Report on sanitation, dispensaries, and jails in Rajputana for 1910, and on vaccination for the year 1910-1911 - 1910-1911
Year: 1910
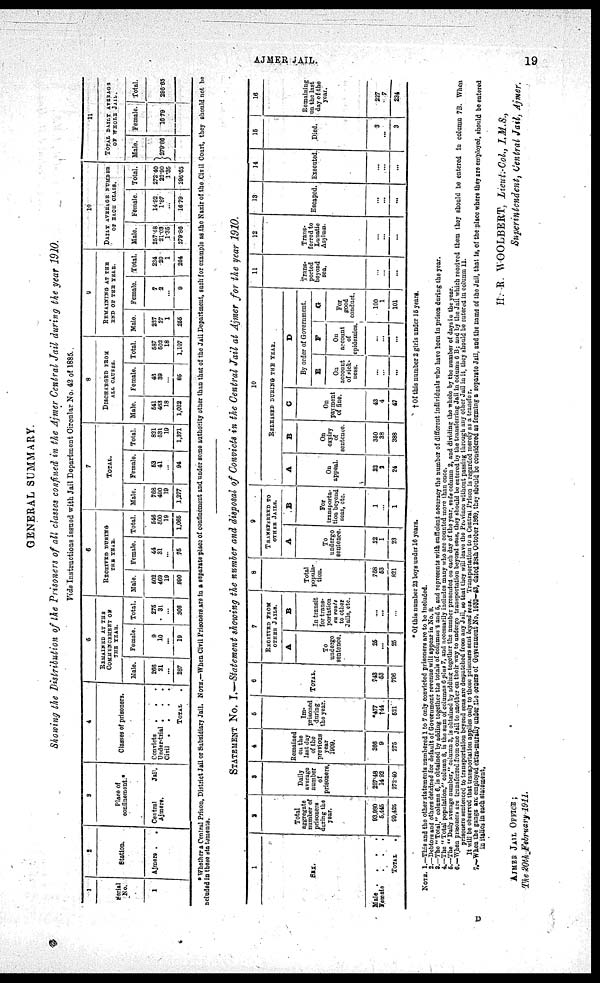
AJMER JAIL.
19
GENERAL SUMMARY.
Showing the Distribution of the Prisoners of all classes confined in the Ajmer Central Jail during the year 1910.
Vide Instructions issued with Jail Department Circular No. 42 of 1885.
1
Serial
No.
1
2
Station.
Ajmere .
3
Place of
confinement.
Central
Jail,
Ajmere.
4
Classes of prisoners.
Convicts
.
.
.
Under-trial . . .
Civil
.
.
.
.
TOTAL .
5
REMAINED AT THE
COMMENCEMENT OF
THE YEAR.
Male.
266
21
...
287
Female.
9
10
...
19
Total.
275
31
...
306
6
RECEIVED DURING
THE YEAR.
Male.
502
469
19
990
Female.
44
31
...
75
Total.
546
500
19
1,065
7
TOTAL,
Male.
768
490
19
1,277
Female.
53
41
...
94
Total.
821
531
19
1,371
8
DISCHARGED FROM
ALL CAUSES.
Male.
541
463
18
1,022
Female.
46
39
...
85
Total.
587
502
18
1,107
9
REMAINING AT THE
END OF THE YEAR.
Male.
227
27
1
255
Female.
7
2
...
9
Total.
234
29
1
264
10
DAILY AVERAGE NUMBER
OF EACH CLASS.
Male.
257.48
21.03
1.35
279.86
Female.
14.92
1.87
...
16.79
Total.
272.40
22.90
1.35
296.65
11
TOTAL DAILY AVERAGE
OF WHOLE JAIL.
Male.
279.86
Female.
16.79
Total.
296.65
Whether a Central Prison, District Jail or Subsidiary Jail. NOTE.—When Civil Prisoners are in a separate place of confinement and under some authority other than that of the Jail Department, such for example as the Nazir of the .Civil Court, they should not be
ncluded in these statements.
STATEMENT No. I.—Statement showing the number and disposal of Convicts in the Central Jail at Ajmer for the year 1910.
1
SEX.
M
a
l
e . . . .
Female
.
.
.
TOTAL
.
2
Total
aggregate
number of
prisoners
during the
year.
93,980
5,445
99,425
3
Daily
average
number
of
prisoners.
257.48
14.92
272.40
4
Remained
on the
last day
of the
previous
year
1909.
266
9
275
5
Im-
prisoned
during
the year.
*477
†44
521
6
TOTAL.
743
53
796
7
RECEIVED FROM
OTHER JAILS.
A
To
undergo
sentence.
25
...
25
B
In transit
for trans-
portation
en route
to other
Jails, etc.
...
...
...
8
Total
popula-
tion.
768
53
821
9
TRANSFERRED TO
OTHER JAILS.
A
To
undergo
sentence.
22
1
23
B
For
transporta-
tion beyond
seas, etc.
1
...
1
10
RELEASED DURING THE YEAR.
A
On
appeal.
22
2
24
B
On
expiry
of
sentence.
350
38
388
C
On
payment
of fine.
43
4
47
D
By order of Government.
E
On
account
of sick¬
ness.
...
...
...
F
On
account
of
epidemics.
...
...
...
G
For
good
conduct.
100
1
101
11
Trans-
ported
beyond
sea.
...
...
...
12
Trans-
ferred to
Lunatic
Asylum.
...
...
...
13
Escaped.
...
...
...
14
Executed.
...
...
...
15
Died.
3
...
3
16
Remaining
on the last
day of the
year.
227
7
234
* Of this number 23 boys under 16 years.
† Of this number 2 girls under 15 years.
NOTE. 1.—This and the other statements numbered 1 to 7 only convicted prisoners are to bo included.
2.—Debtors and others detained for default of Government revenue will appear in No. 8.
3.—The " Total," column 6, is obtained by adding together the totals of columns 4 and 5, and represents with sufficient accuracy the number of different individuals who have been in prison during the year.
4.—The " Total population," column 8, is the sum of columns 6 plus 7, and necessarily includes many who are counted more than once.
5.—The " Daily average number," column 3, is obtained by adding together the number presented on each day of the year, vide column 2, and dividing the whole by the number of days in the year.
6.—When prisoners are transferred from one Jail to another on their way to undergo transportation beyond seas, they should be entered by the transferring Jail in column 6 B; and by the Jail which received them they should be entered in column 7B.When
prisoners sentenced to transportation beyond seas are despatched from any Jail, so that they will leave the Province without passing through any other Jail in it, they should be entered in column 11.
It will be observed that transportation applies only to those prisoners sent beyond seas. Transportation to a Central Prison is regarded merely as a transfer.
7.—When the gangs arc employed extra-murslly under the orders of Government No, 1632—43, dated 28th October 1869, they should be considered as forming a separate Jail, and the name of the Jail, that is, of the place where they are employed, should be entered
in italics in each statement.
H. R. WOOLBERT, Lieut.-Col., I.M.S.,
Superintendent, Central Jail, Ajmer.
AJMER JAIL OFFICE ;
The 20th February 1911.
D